65_HS1-834228961_62-HQ-83894_Section_3
Agency: FBI
Page 57
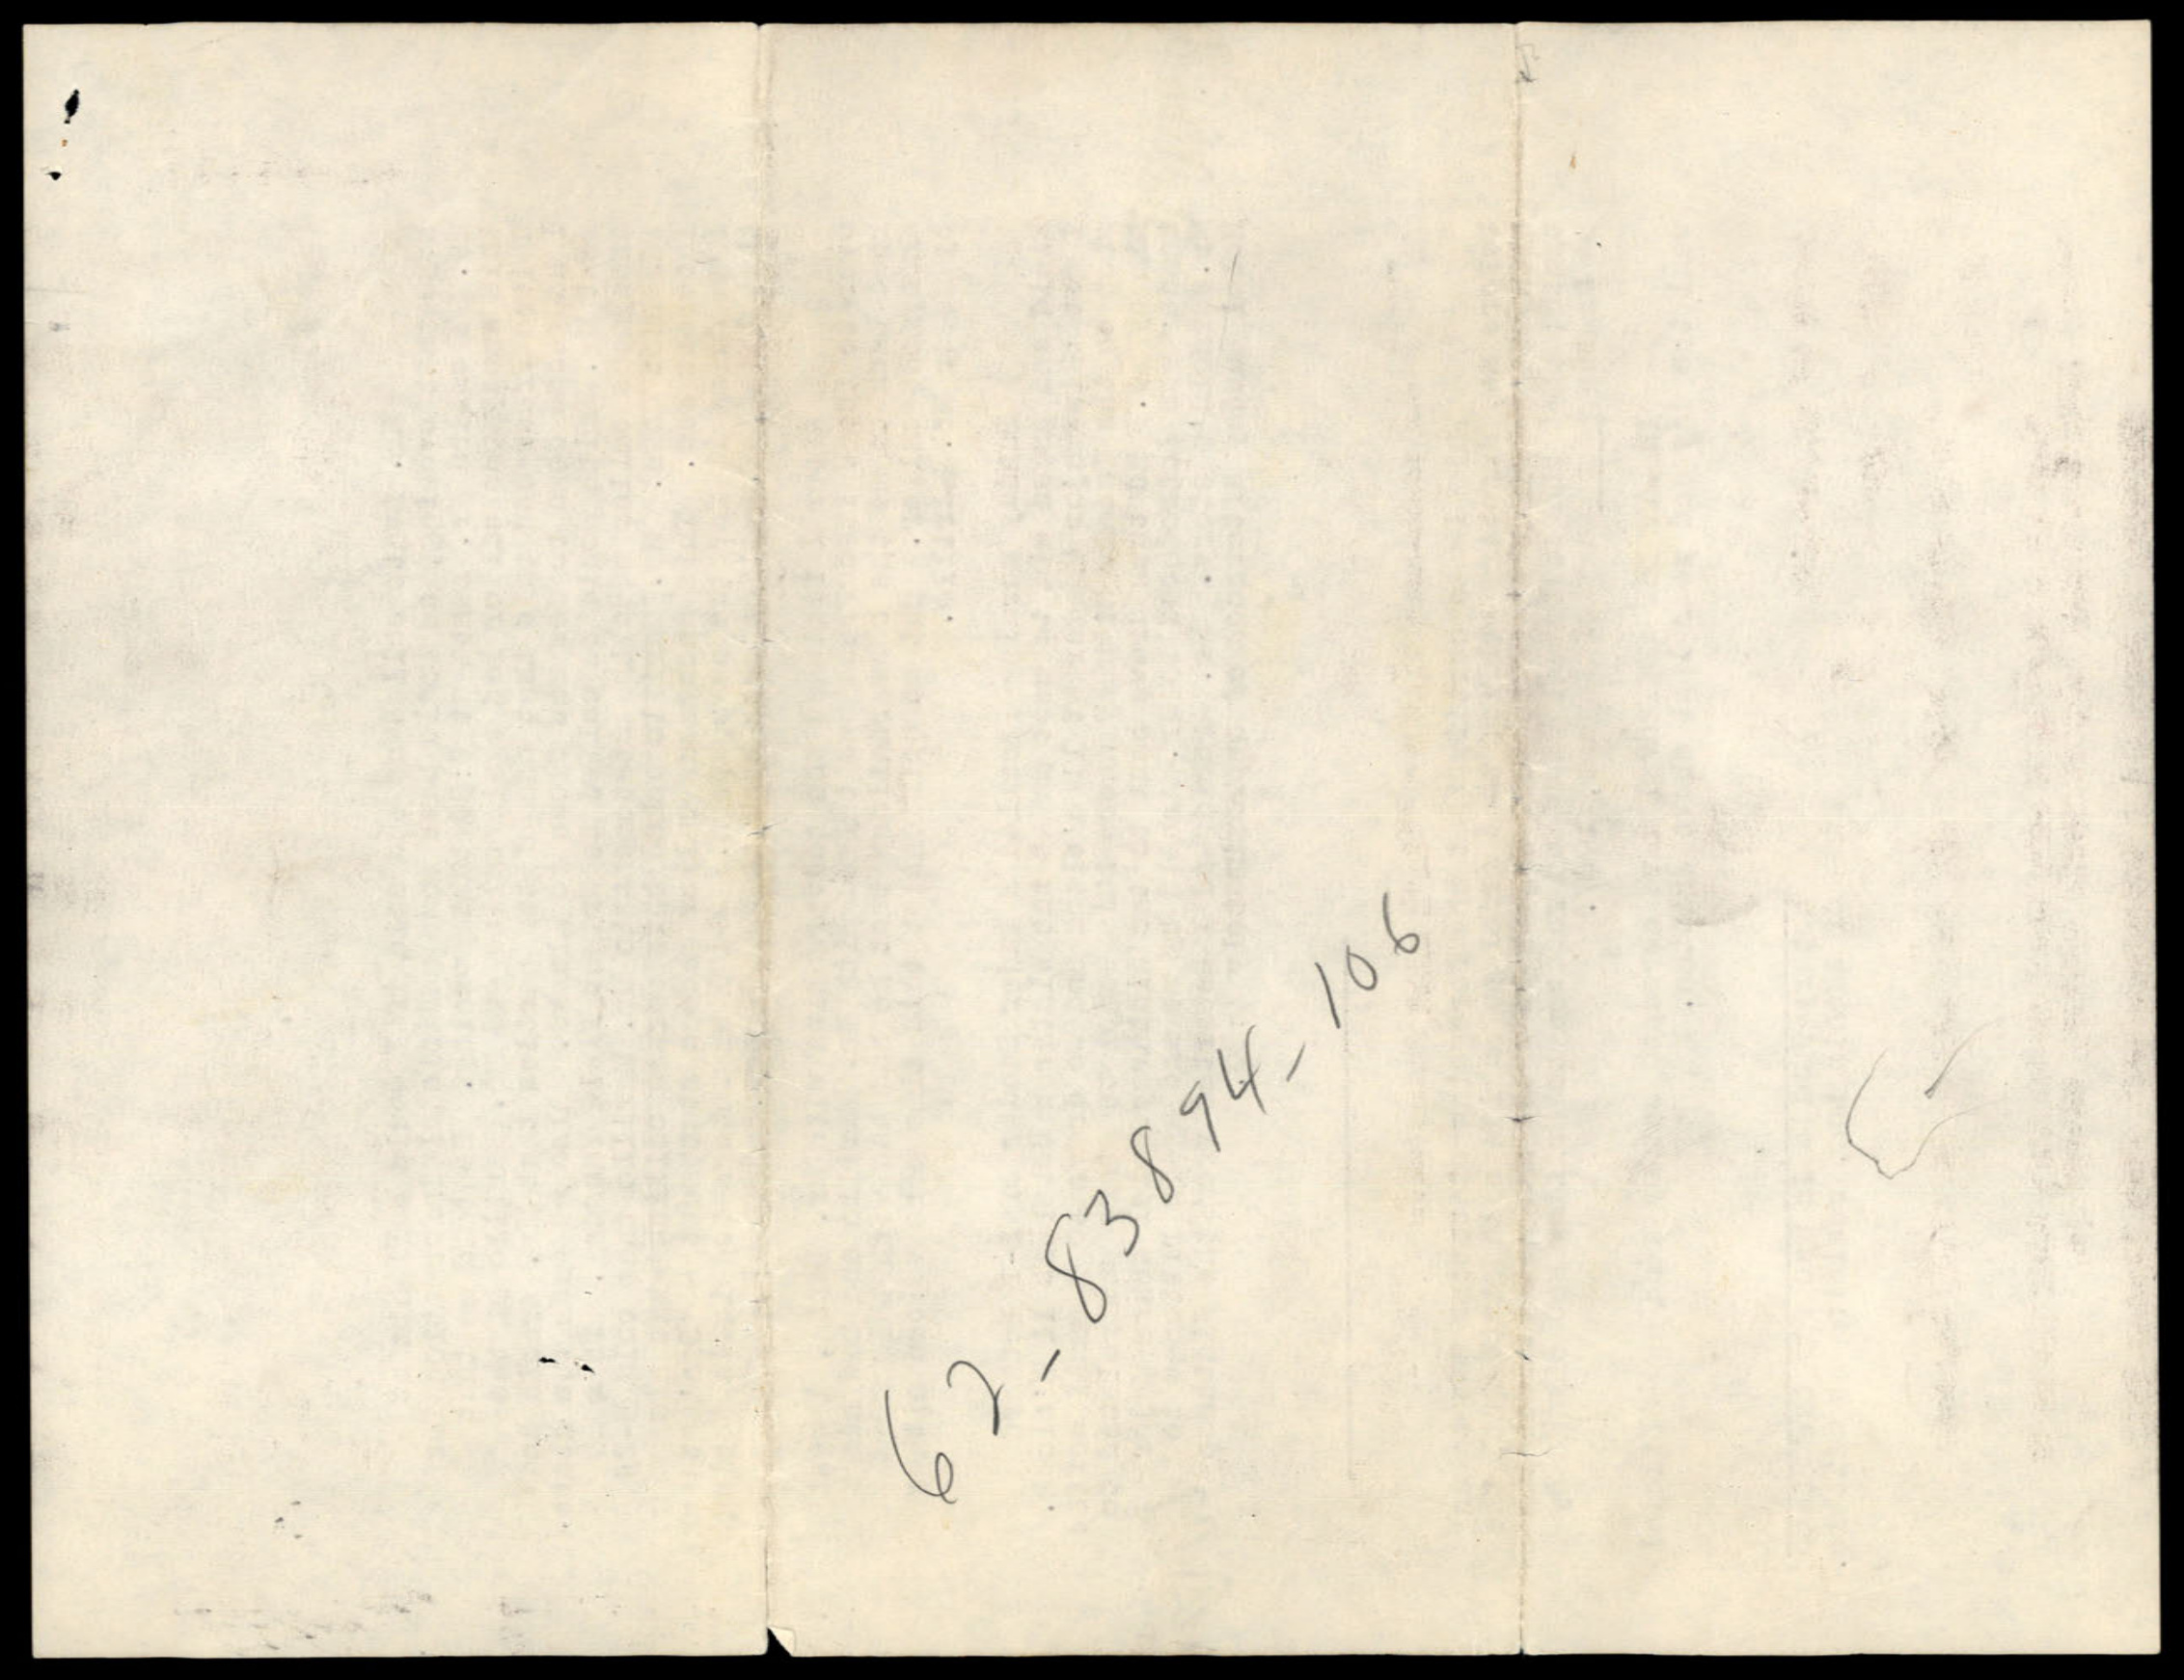